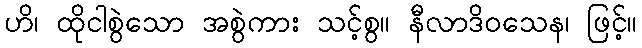
ဟိ၊ ထိုငါစွဲသော အစွဲကား သင့်စွ။ နီလာဒိဝသေန၊ ဖြင့်။